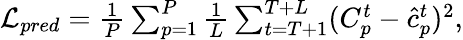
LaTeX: \begin{array}{r}{\begin{array}{r}{\mathcal{L}_{pred}=\frac{1}{P}\sum_{p=1}^{P}\frac{1}{L}\sum_{t=T+1}^{T+L}(C_{p}^{t}-\hat{c}_{p}^{t})^{2},}\end{array}}\end{array}